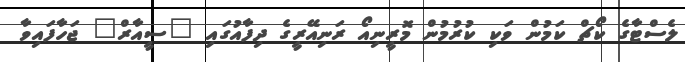
ލެސްޓާގެ ކޯޗް ކަމުން ވަކި ކުރުމުން މޮރީނިއޯ ރަނިއޭރީގެ ދިފާއުގައި "ސީއާރް" ޖަހާފައިވާ